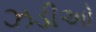
ઝડીઓ